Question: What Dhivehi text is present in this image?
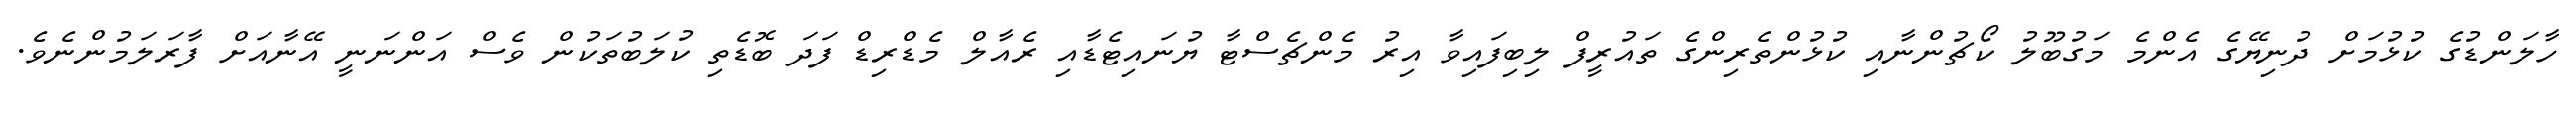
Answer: ހާލަންޑުގެ ކުޅުމަށް ދުނިޔޭގެ އެންމެ މަގުބޫލު ކޯޗުންނާއި ކުޅުންތެރިންގެ ތައުރީފް ލިބިފައިވާ އިރު މެންޗެސްޓާ ޔުނައިޓެޑާއި ރެއާލް މެޑްރިޑް ފަދަ ބޮޑެތި ކުލަބުތަކުން ވެސް އަންނަނީ އޭނާއަށް ފާރަލަމުންނެވެ.